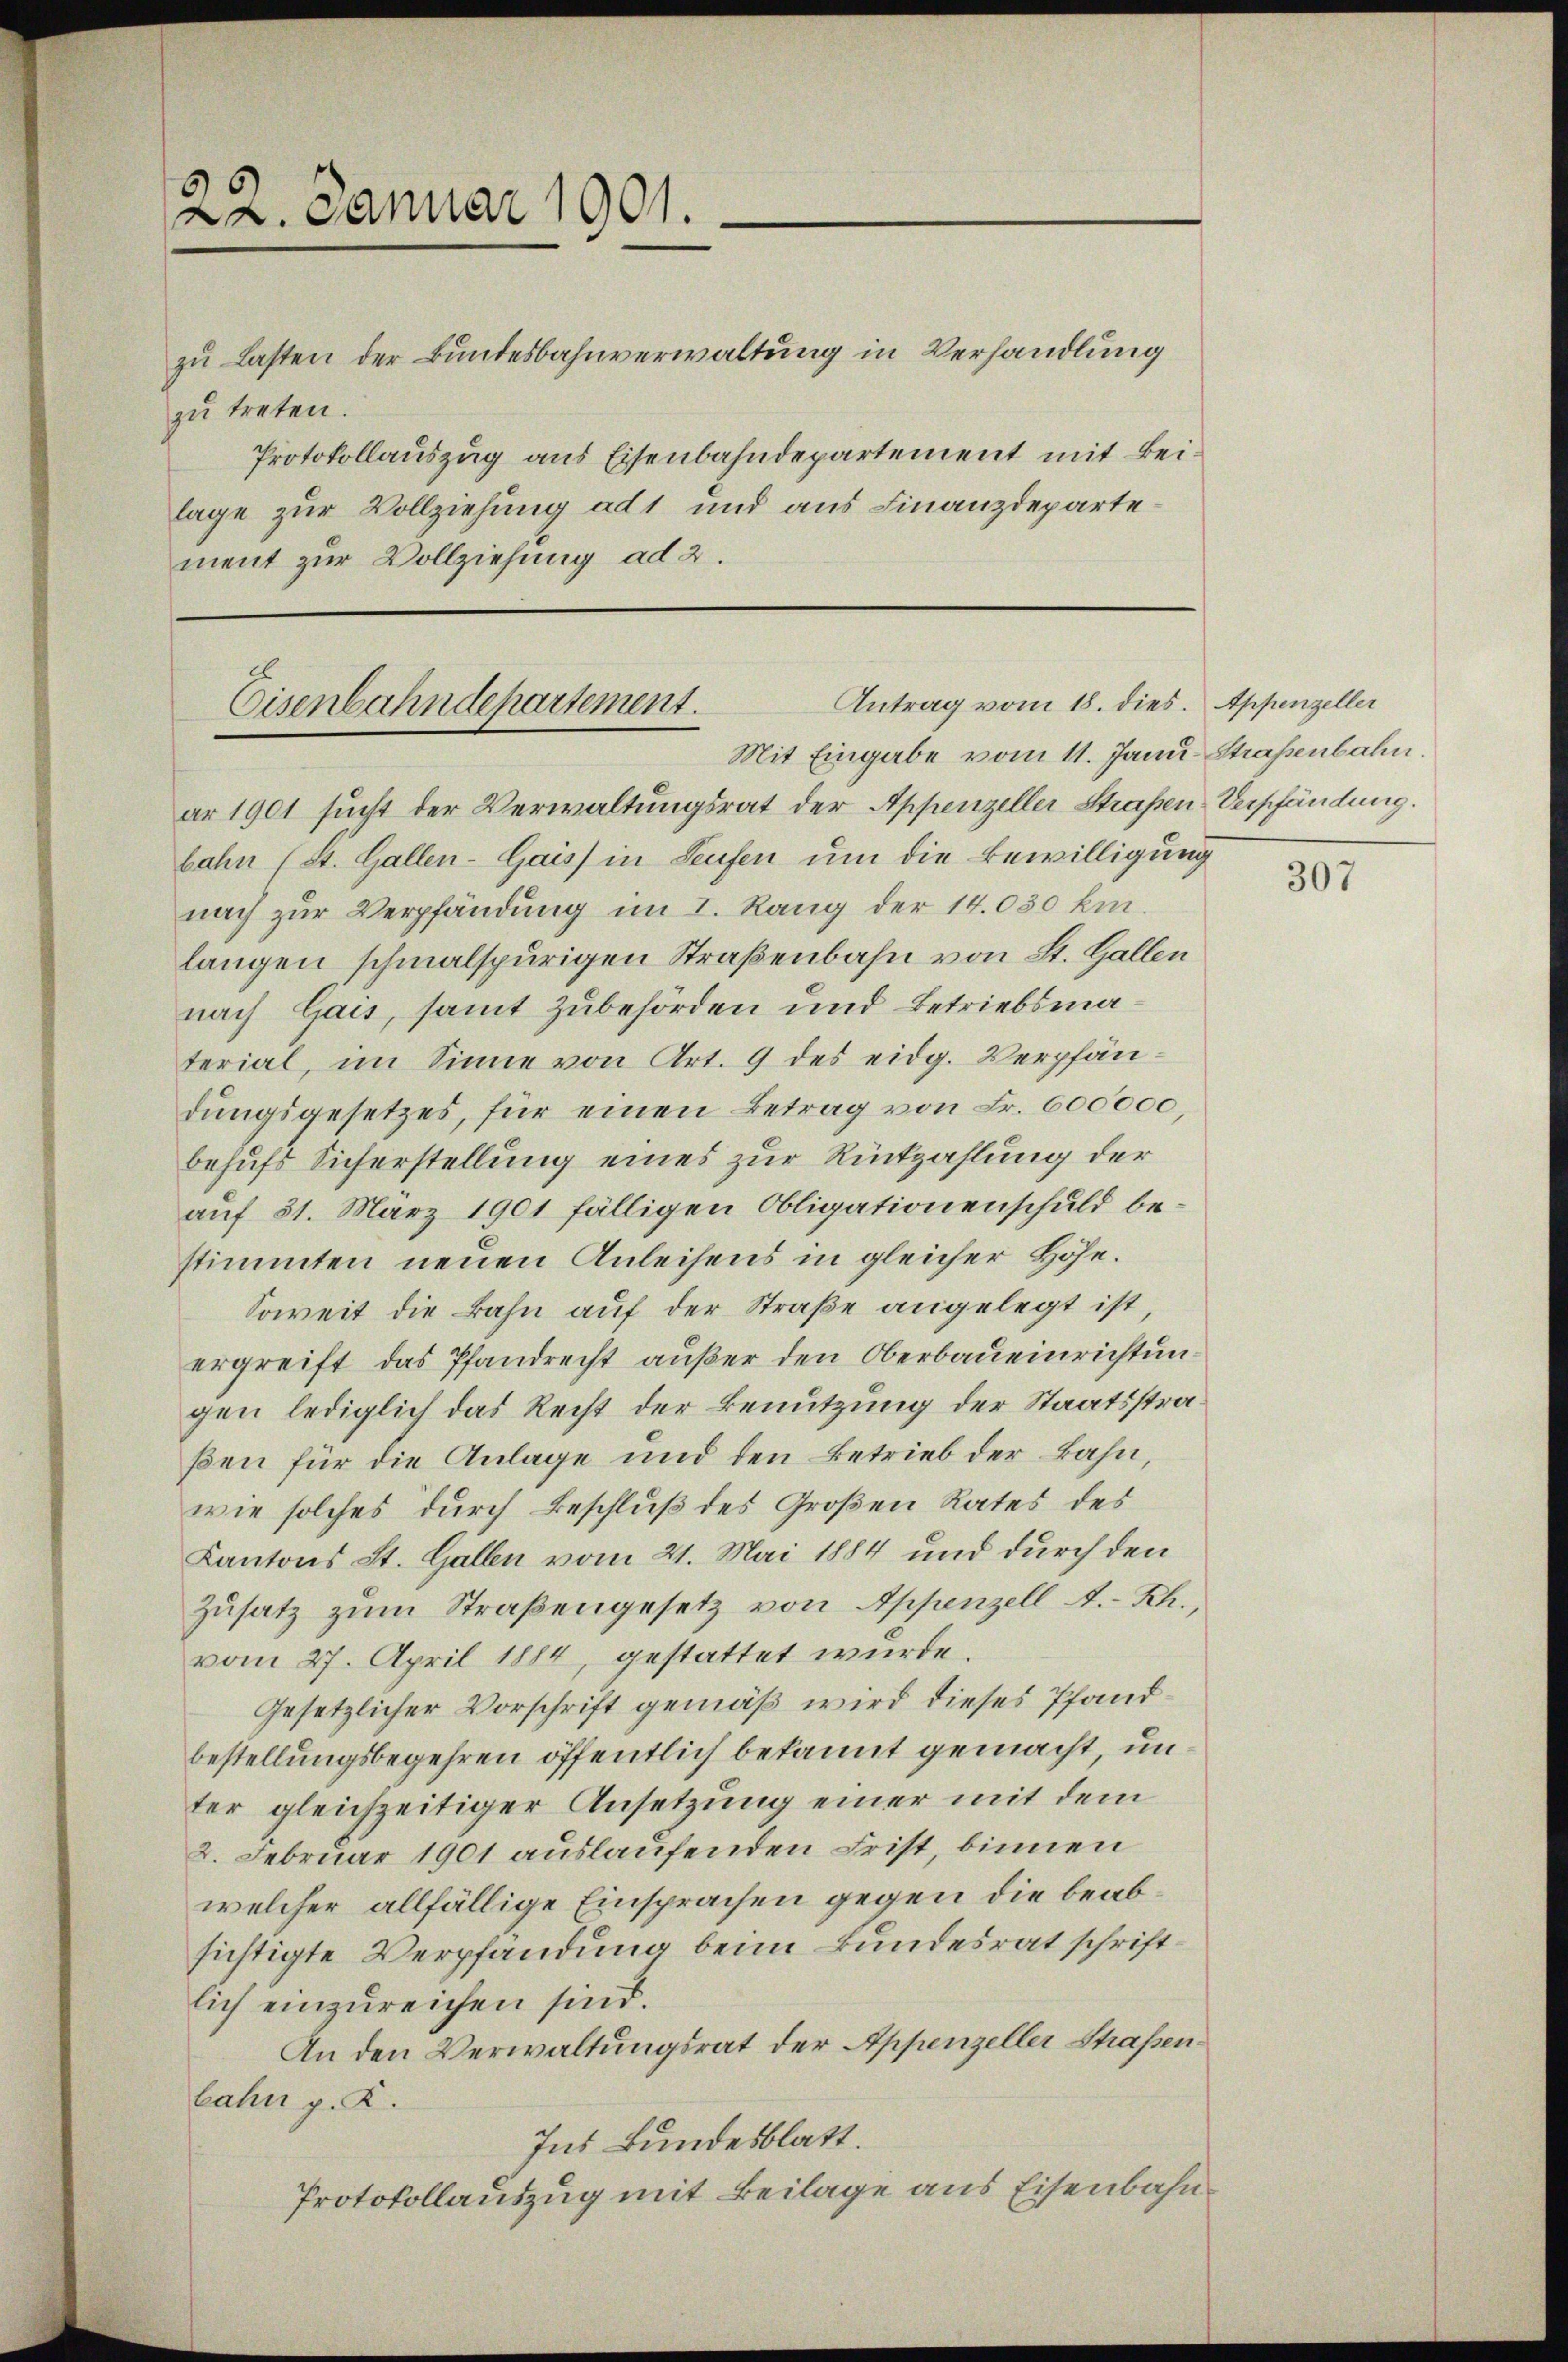
22. Januar 1901.

zu Lasten der Bundesbahnverwaltung in Verhandlung
zu treten.
Protokollauszug aus Eisenbahndepartement mit Beilage zur Vollziehung ad 1 und aus Finanzdepartement zur Vollziehung ad 2.

Antrag vom 18. dies. Appenzeller
Eisenbahndepartement.
Mit Eingabe vom 11. Janu Straßenbahn.

ar 1901 sucht der Verwaltungsrat der Appenzeller Straßen Verpfändung.
bahn (St. Gallen-Gais) in Seufen um die Bewilligung
nach zŭr Verpfändung im I. Rang der 14.030 km.
langen schmalspurigen Straßenbahn von St. Gallen
nach Gais, samt zubehörden und Betriebsmaterial, im Sinne von Art. 9 des eidg. Verpfän-
dŭngsgesetzes, für einen Betrag von Fr. 600000,
behufs Sicherstellung eines zur Rückzahlung der
auf 31. März 1901 fälligen Obligationenschuld bestimmten neuen Anleihens in gleicher Höhe.
Soweit die Bahn auf der Straße angelegt ist,
ergreift das Pfandrecht außer den Oberbaueinrichtungen lediglich das Recht der Benutzung der Staatsstraßen für die Anlage und den Betrieb der Bahn,
wie solches durch Beschluß des Großen Rates des
Kantons St. Gallen vom 21. Mai 1884 und durch den
Zusatz zum Straßengesetz von Appenzell A.-Rh.,
vom 27. April 1884, gestattet wurde.
Gesetzlicher Vorschrift gemäß wird dieses Pfandbestellungsbegehren öffentlich bekannt gemacht, unter gleichzeitiger Ansetzung einer mit dem
2. Februar 1901 auslaufenden Frist, binnen
welcher allfällige Einsprachen gegen die beabsichtigte Verpfandung beim Bundesrat schriftlich einzureichen sind.
An den Verwaltungsrat der Appenzeller Straßenbahn p. K.
Ins Bundesblatt.
Protokollauszug mit Beilage aus Eisenbahn¬

307